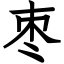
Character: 枣